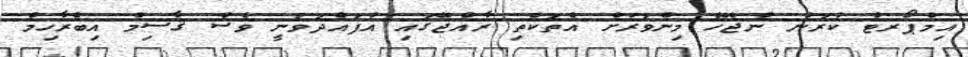
އިމްޕޯރޓް ކުރަން ނުޖެހޭ މިންވަރަށް އެތަކެތި ރާއްޖޭގައި އުފައްދަވަނީ ވެސް ޤާސިމް އިބްރާހިމް